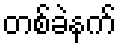
တစ်ခဲနက်